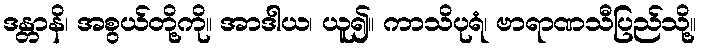
ဒန္တာနိ၊ အစွယ်တို့ကို။ အာဒါယ၊ ယူ၍။ ကာသိပုရံ၊ ဗာရာဏသီပြည်သို့။